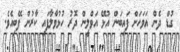
ގުޑް ދެން އަވަހަށް ފައިބަން އުޅޭ އަވްލީން ދޮރު ހުޅުވާލާފައި ކާރުން ފޭބިއެވެ.